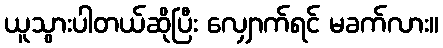
ယူသွားပါတယ်ဆိုပြီး လျှောက်ရင် မခက်လား။